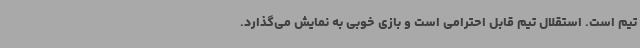
تیم است. استقلال تیم قابل احترامی است و بازی خوبی به نمایش می‌گذارد.